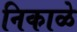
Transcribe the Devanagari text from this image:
निकाळे